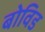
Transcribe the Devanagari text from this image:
बोविड